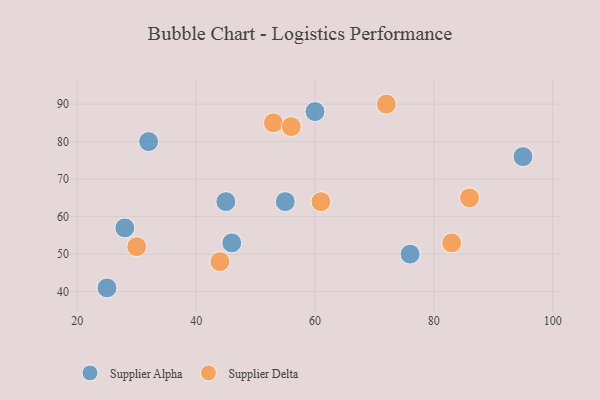
{"axis": {"x": "GDP", "y": "Life Expectancy"}, "legend": ["Supplier Alpha", "Supplier Delta"], "data": [{"x": "55", "y": 64, "type": "Supplier Alpha"}, {"x": "46", "y": 53, "type": "Supplier Alpha"}, {"x": "32", "y": 80, "type": "Supplier Alpha"}, {"x": "45", "y": 64, "type": "Supplier Alpha"}, {"x": "25", "y": 41, "type": "Supplier Alpha"}, {"x": "95", "y": 76, "type": "Supplier Alpha"}, {"x": "28", "y": 57, "type": "Supplier Alpha"}, {"x": "60", "y": 88, "type": "Supplier Alpha"}, {"x": "76", "y": 50, "type": "Supplier Alpha"}, {"x": "72", "y": 90, "type": "Supplier Delta"}, {"x": "83", "y": 53, "type": "Supplier Delta"}, {"x": "86", "y": 65, "type": "Supplier Delta"}, {"x": "61", "y": 64, "type": "Supplier Delta"}, {"x": "44", "y": 48, "type": "Supplier Delta"}, {"x": "53", "y": 85, "type": "Supplier Delta"}, {"x": "30", "y": 52, "type": "Supplier Delta"}, {"x": "56", "y": 84, "type": "Supplier Delta"}]}